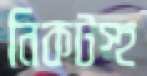
নিকটস্হ